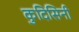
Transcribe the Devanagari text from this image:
कुदिसिनी